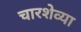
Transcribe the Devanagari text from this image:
चारशेव्या